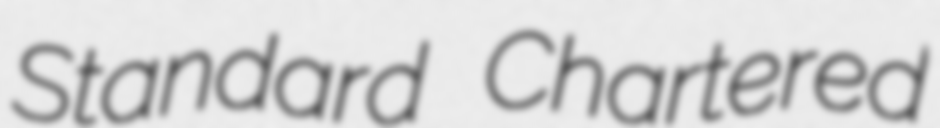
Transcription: Standard Chartered